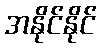
အနိုင်နိုင်